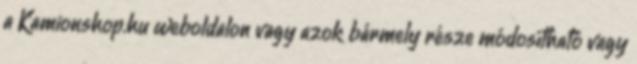
a Kamionshop.hu weboldalon vagy azok bármely része módosítható vagy